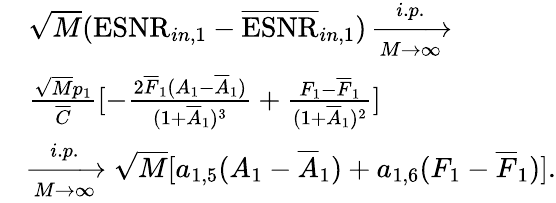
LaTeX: \begin{array}{rl}&{\sqrt{M}(\mathrm{ESNR}_{in,1}-\overline{{\mathrm{ESNR}}}_{in,1})\xrightarrow[M\rightarrow\infty]{i.p.}}\\ &{\frac{\sqrt{M}p_{1}}{\overline{{C}}}[-\frac{2\overline{{F}}_{1}(A_{1}-\overline{{A}}_{1})}{(1+\overline{{A}}_{1})^{3}}+\frac{F_{1}-\overline{{F}}_{1}}{(1+\overline{{A}}_{1})^{2}}]}\\ &{\xrightarrow[M\rightarrow\infty]{i.p.}\sqrt{M}[a_{1,5}(A_{1}-\overline{{A}}_{1})+a_{1,6}(F_{1}-\overline{{F}}_{1})].}\end{array}